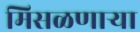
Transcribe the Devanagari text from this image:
मिसळणार्‍या